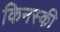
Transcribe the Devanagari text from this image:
किनस्की